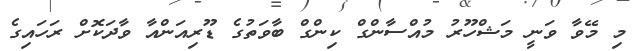
މި މޭވާ ވަނީ މަޝްހޫރު މުއްސާންގް ކިންގް ބާވަތުގެ ޑޫރިއަންއާ ވާދަކޮށް ރަހައިގެ